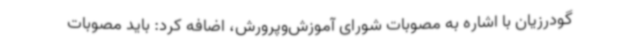
گودرزیان با اشاره به مصوبات شورای آموزش‌وپرورش، اضافه کرد: باید مصوبات